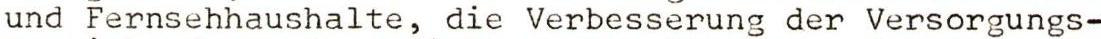
und Fernsehhaushalte, die Verbesserung der Versorgungs-